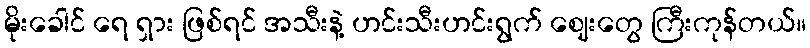
မိုးခေါင် ရေ ရှား ဖြစ်ရင် အသီးနဲ့ ဟင်းသီးဟင်းရွက် ဈေးတွေ ကြီးကုန်တယ်။